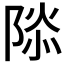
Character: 𮥑